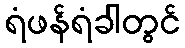
ရံဖန်ရံခါတွင်